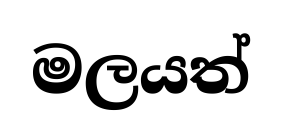
මලයත්